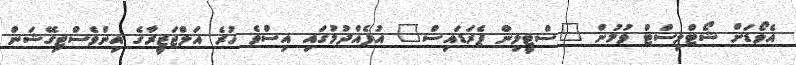
އެވޯޑަށް ޝޯޓްލިސްޓް ވުމުން "ސްޓީލިން ޕެރަޑައިސް" އުފެއްދުމުގައި އިސްވެ ހުރެ އަލްޖަޒީރާގެ އިންވެސްޓިގޭޝަން